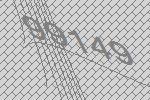
99149